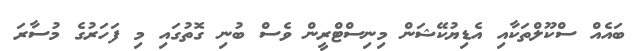
ބައެއް ސްކޫލްތަކާއި އެޑިޔުކޭޝަން މިނިސްޓްރީން ވެސް ބުނި ގޮތުގައި މި ފަހަރުގެ މުސާރަ